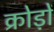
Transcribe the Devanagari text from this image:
क्रोड़ों